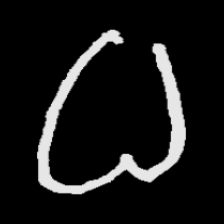
Pyu character \u2014 Myanmar letter: ဓ (romanized: dha)